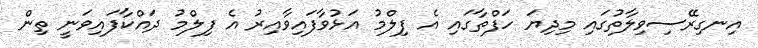
އިނގިރޭސިވިލާތުގައި މިދިޔަ ހަފްތާގައި އެ ފިލްމު އަޅުވާފައިވާއިރު އެ ފިލްމު ދައްކާފައިވަނީ ތިން